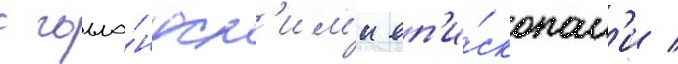
с голла́ндск'им'и еп'и́скопам'и /